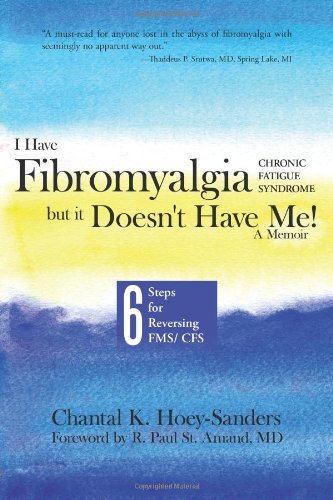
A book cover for I Have Fibromyalgia / Chronic Fatigue Syndrome, But It Doesn't Have Me! a Memoir: Six Steps for Reversing Fms/ Cfs; Chantal K. Hoey-Sanders; Health, Fitness & Dieting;